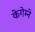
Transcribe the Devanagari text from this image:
केगेम्ने